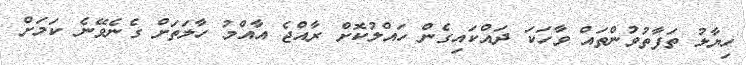
ހިޔާލު ތަފާތުވުންތައް ވާހަކަ ދައްކައިގެން ހައްލުކޮށް ރާއްޖެ އާއްމު ހާލަތަށް ގެނެވޭނެ ކަމަށް